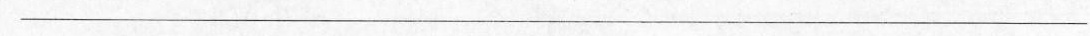
___